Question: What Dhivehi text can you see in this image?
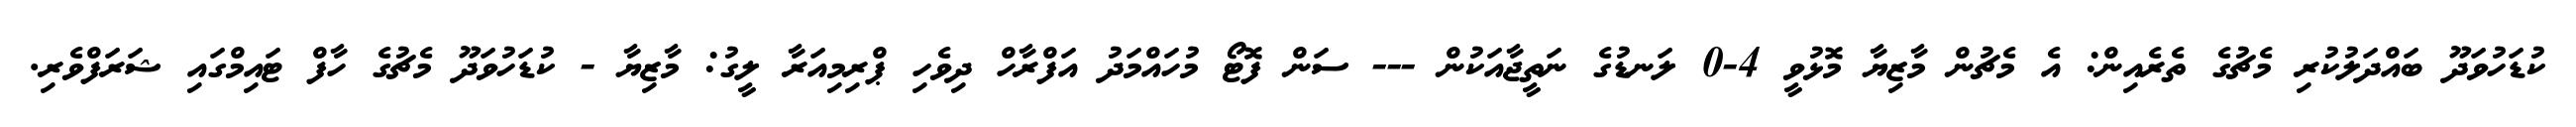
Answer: ކުޑަހުވަދޫ ބައްދަލުކުރި މެޗުގެ ތެރެއިން: އެ މެޗުން މާޒިޔާ މޮޅުވީ 4-0 ލަނޑުގެ ނަތީޖާއަކުން --- ސަން ފޮޓޯ މުހައްމަދު އަފްރާހް ދިވެހި ޕްރިމިއަރާ ލީގު: މާޒިޔާ - ކުޑަހުވަދޫ މެޗުގެ ހާފް ޓައިމްގައި ޝަރަފްވެރި.